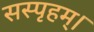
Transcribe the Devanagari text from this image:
सस्पृहम्।